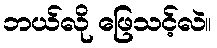
ဘယ်လို ဖြေသင့်လဲ။